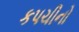
કપચીનો